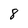
Character: 8